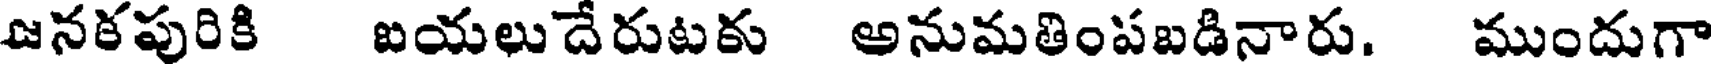
జనకపురికి ఐయలుదేరుటకు అనుమతింపబడినారు. ముందుగా